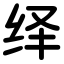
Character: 绎